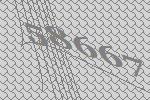
58667